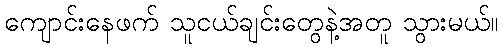
ကျောင်းနေဖက် သူငယ်ချင်းတွေနဲ့အတူ သွားမယ်။